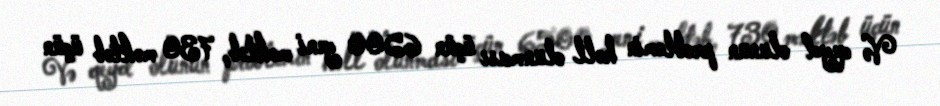
Və qeyd olunun problemin həll olunması üçün 6500 yeni məktəb, 730 məktəb üçün